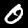
Digit: 0